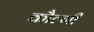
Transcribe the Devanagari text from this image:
कौल्गी